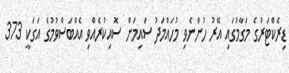
ޑިރެކްޓަރުގެ މަގާމުގައި އޭރު ހުންނެވި މުހައްމަދު ސައިމަން ސޮއިކުރެއްވި އެއްބަސްވުމުގެ އަގަކީ 373